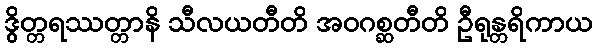
ဒွိတ္တရဿတ္တာနိ သီလယတီတိ အဝဂစ္ဆတီတိ ဦရုန္တရိကာယ